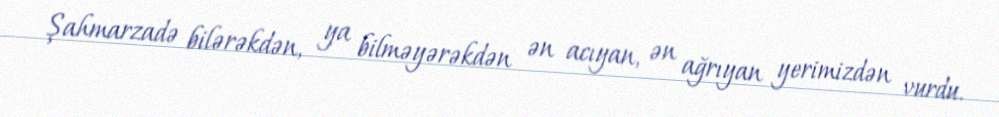
Şahmarzadə bilərəkdən, ya bilməyərəkdən ən acıyan, ən ağrıyan yerimizdən vurdu.